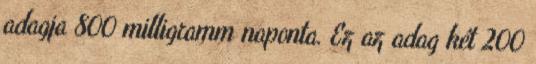
adagja 800 milligramm naponta. Ez az adag két 200